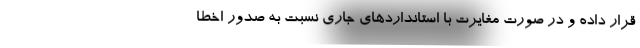
قرار داده و در صورت مغایرت با استانداردهای جاری نسبت به صدور اخطا